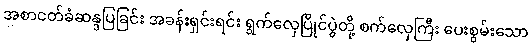
အစာငတ်ခံဆန္ဒပြခြင်း အခန်းရှင်းရင်း ရွက်လှေပြိုင်ပွဲတို့ စက်လှေကြီး ပေးစွမ်းသော